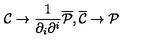
{ \cal C } \to \frac { 1 } { \partial _ { i } \partial ^ { i } } { \overline { { \cal P } } } , { \overline { { \cal C } } } \to { \cal P }